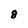
Character: 8